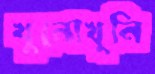
খুনোখুনি